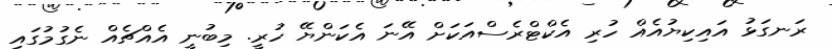
ރަނގަޅު އައިކިޔުއެއް ހުރި އެކްޓްރެސްއަކަށް އޭނަ އެކަންޔޭ ހުރީ. މިބުނީ އެއްޗެއް ނެގުމުގައި